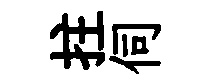
拄伺